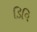
ડિવિ